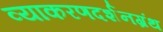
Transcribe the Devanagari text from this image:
व्याकरणदर्शनग्रंथ